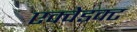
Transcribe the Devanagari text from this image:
एक्वेडक्ट